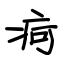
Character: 疴